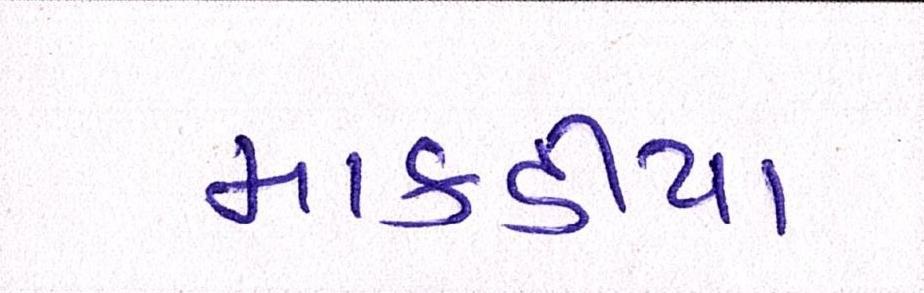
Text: માકડીયા